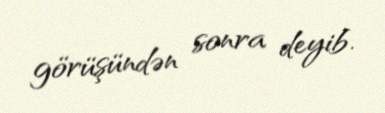
görüşündən sonra deyib.